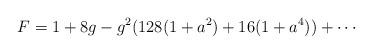
LaTeX: \begin{align*}F = 1 + 8g -g^2 (128(1+a^2 )+16(1+a^4 ))+ \cdots\end{align*}